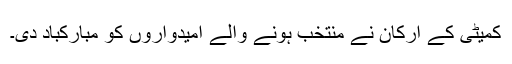
کمیٹی کے ارکان نے منتخب ہونے والے امیدواروں کو مبارکباد دی۔